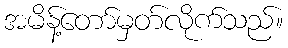
အမိန့်တော်မှတ်လိုက်သည်။